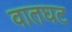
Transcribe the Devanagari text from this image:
वातघट